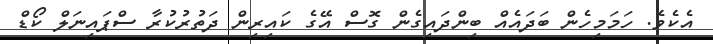
އެކެވެ. ހަމަމިހެން ބަދައެއް ބިންދައިގެން ގޮސް އޭގެ ކައިރިން ދަތުރުކުރާ ސްޕައިނަލް ކޯޑް